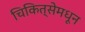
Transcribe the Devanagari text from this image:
चिकित्सेमधून